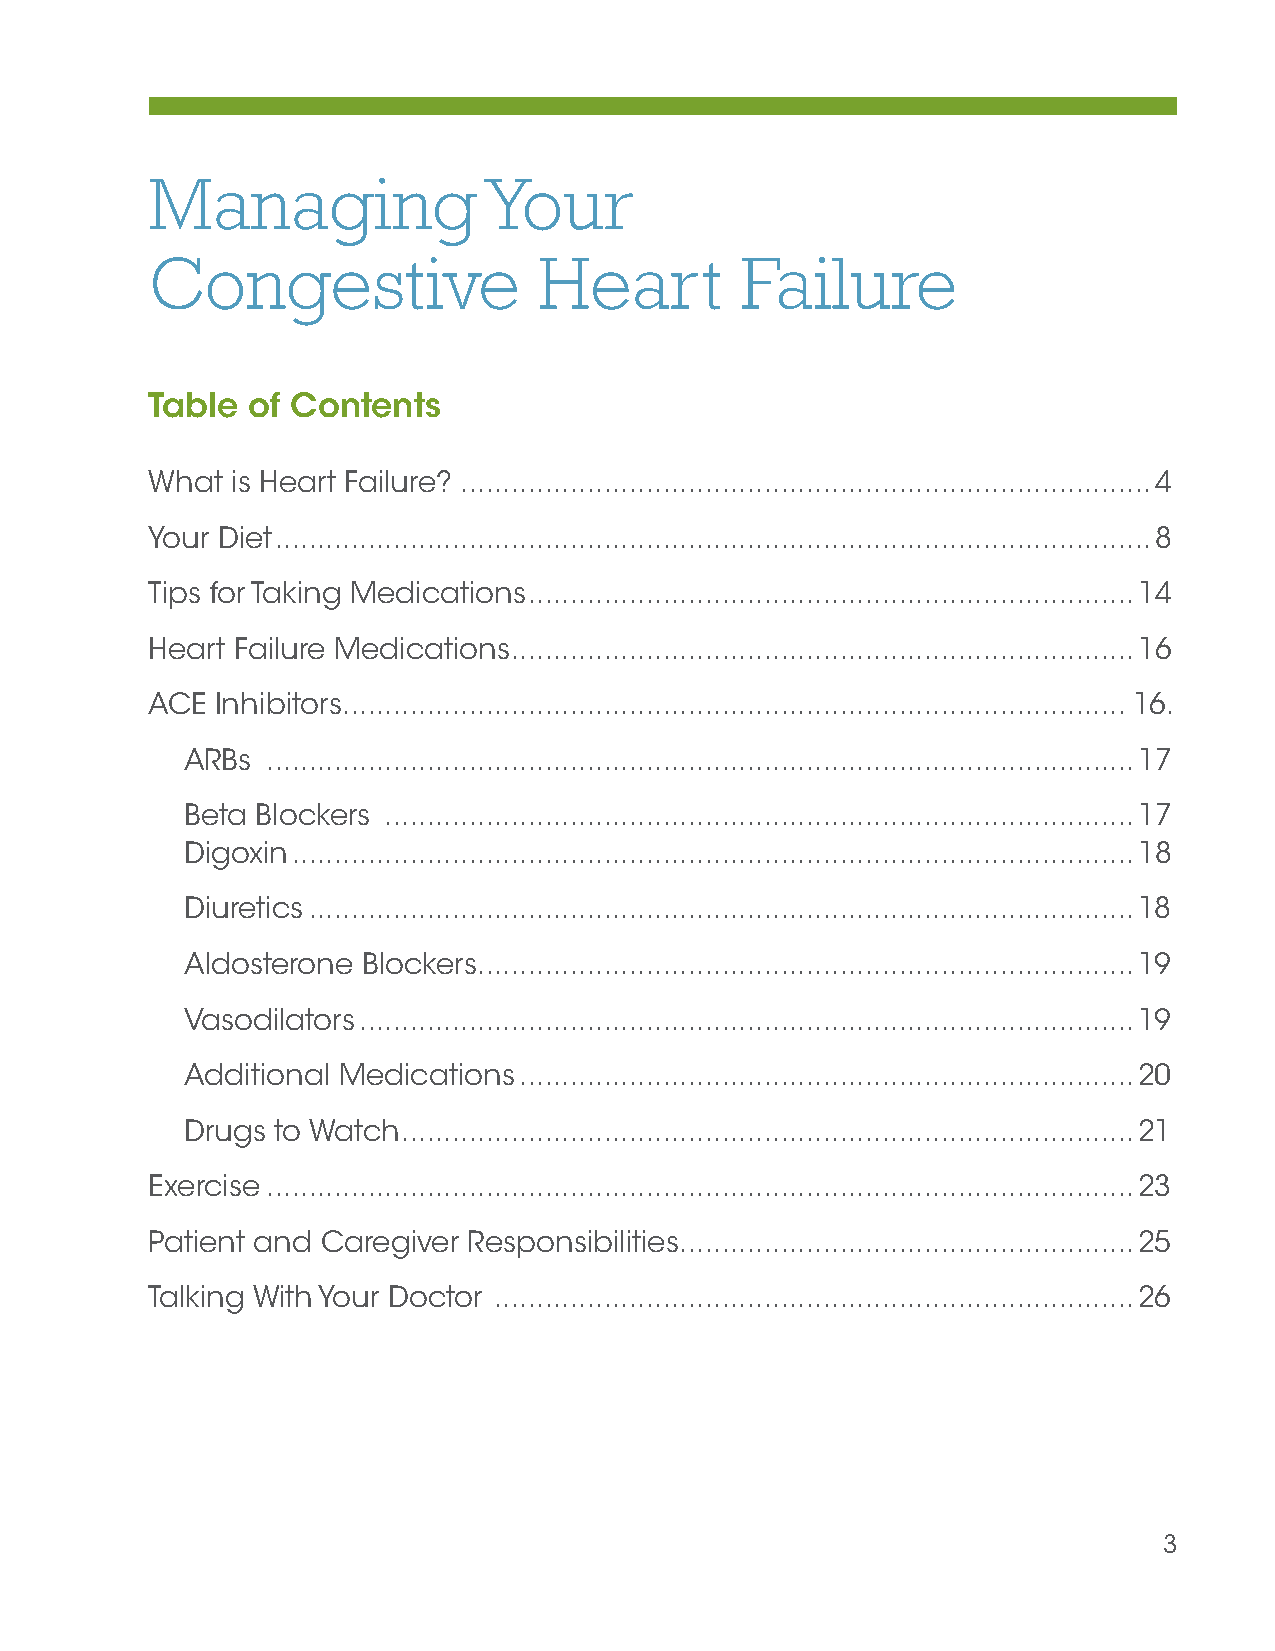
Managing              Your
 Congestive                Heart        Failure
 Table of Contents
 What is Heart Failure? ..................................................................................4
 Your Diet ........................................................................................................8
 Tips for Taking Medications ........................................................................14
 Heart Failure Medications ..........................................................................16
 ACE Inhibitors ............................................................................................. 16.
 ARBs  .......................................................................................................17
 Beta Blockers .........................................................................................17
 Digoxin ....................................................................................................18
 Diuretics ..................................................................................................18
 Aldosterone Blockers ..............................................................................19
 Vasodilators ............................................................................................19
 Additional Medications .........................................................................20
 Drugs to Watch .......................................................................................21
 Exercise .......................................................................................................23
 Patient and Caregiver Responsibilities ......................................................25
 Talking With Your Doctor ............................................................................26
 3